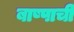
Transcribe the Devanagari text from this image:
बाष्पाची